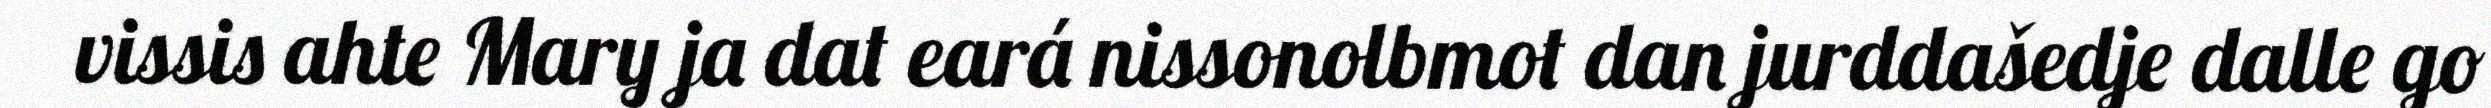
vissis ahte Mary ja dat eará nissonolbmot dan jurddašedje dalle go